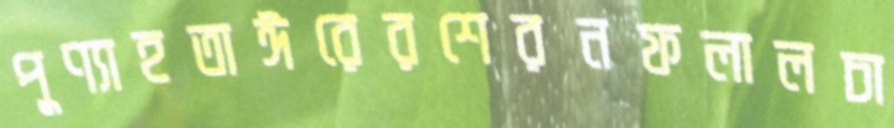
পুণ্যাহতাঈরেরশেরনফলালচা